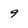
Character: 9